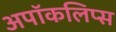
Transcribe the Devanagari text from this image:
अपॉकलिप्स